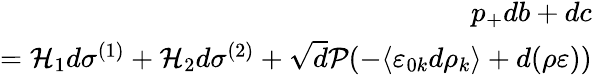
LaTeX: \begin{array}{r}{p_{+}db+dc}\\ {=\mathcal{H}_{1}d\sigma^{(1)}+\mathcal{H}_{2}d\sigma^{(2)}+\sqrt{d}\mathcal{P}(-\langle\varepsilon_{0k}d\rho_{k}\rangle+d(\rho\varepsilon))}\end{array}